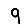
Digit: 9